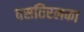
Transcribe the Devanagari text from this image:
वसतिरलका